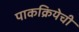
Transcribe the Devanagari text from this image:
पाकक्रियेची